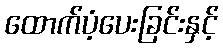
ထောက်ပံ့ပေးခြင်းနှင့်